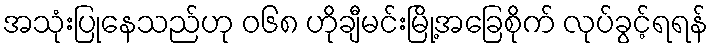
အသုံးပြုနေသည်ဟု ၀၆၈ ဟိုချီမင်းမြို့အခြေစိုက် လုပ်ခွင့်ရရန်